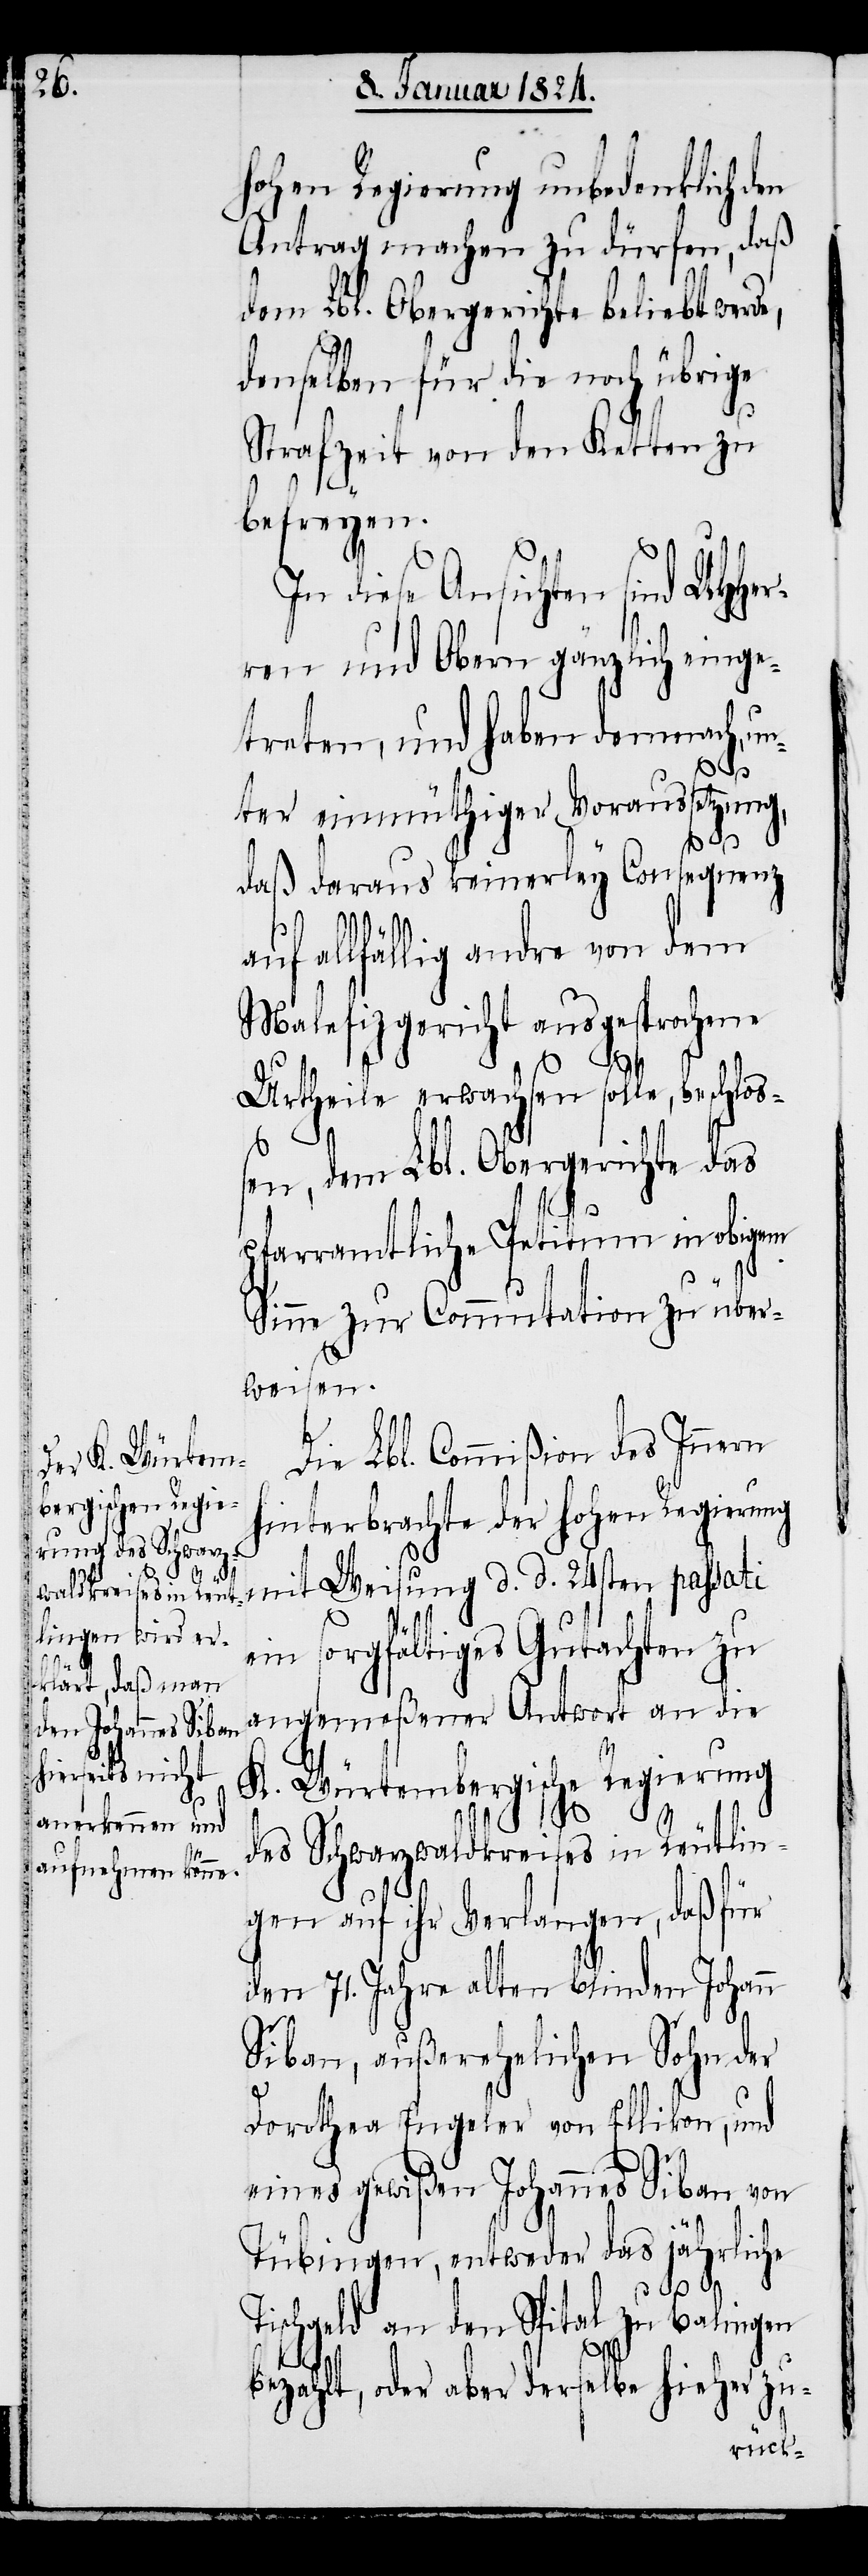
hohen Regierung unbedenklich den
Antrag machen zu dürfen, daß
dem Lbl. Obergerichte beliebt werde,
denselben für die noch übrige
Strafzeit von den Ketten zu
befreyen.
In diese Ansichten sind UHHer¬
ren und Obern gänzlich einge¬
treten, und haben demnach, u¬
nter einmüthiger Voraussetzung,
daß daraus keinerley Consequenz
allfällig andre von dem
Malefizgericht ausgesprochene
Urtheile erwachsen solle, beschloß¬
en, dem Lbl. Obergerichte das
pfarramtliche Petitum in obigem
Sinne zur Commutation zu über¬
weisen.
Die Commißion des Innern
hinterbrachte der hohen Regierung
mit Weisung d. d. 24sten passati
ein sorgfältiges Gutachten zu
angemeßener Antwort an die
K. Würtembergische Regierung
des Schwarzwaldkreises in Reutlin¬
gen auf ihr Verlangen, daß für
den 71. Jahre alten blinden Johann
Siban, außerehelichen Sohn der
Dorothea Engeler von Ellikon, und
eines gewißen Johannes Siban von
Tübingen, entweder das jährliche
Tischgeld an den Spital zu Balingen
bezahlt, oder aber derselbe hieher zu-